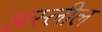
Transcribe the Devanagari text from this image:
अस्लील